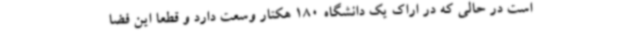
است در حالی که در اراک یک دانشگاه 180 هکتار وسعت دارد و قطعا این فضا